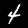
Digit: 4